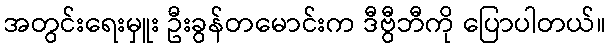
အတွင်းရေးမှူး ဦးခွန်တမောင်းက ဒီဗွီဘီကို ပြောပါတယ်။